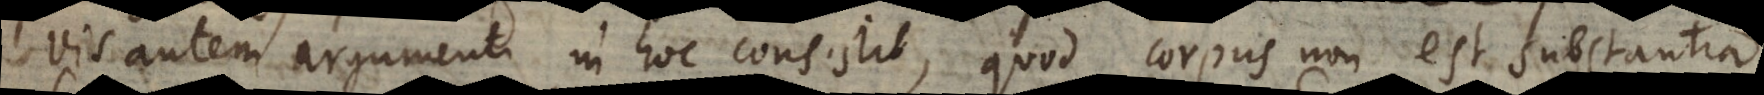
Vis autem argumenti in hoc consistit, quod corpus non est substantia